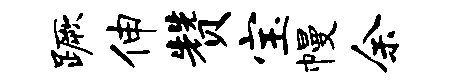
蹶伸赞宝幔余